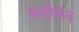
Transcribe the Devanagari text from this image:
रूडीमेन